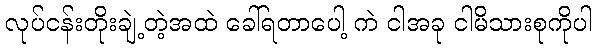
လုပ်ငန်းတိုးချဲ့တဲ့အထဲ ခေါ်ရတာပေါ့ ကဲ ငါအခု ငါမိသားစုကိုပါ